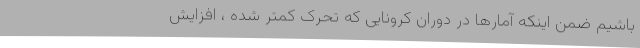
باشیم ضمن اینکه آمارها در دوران کرونایی که تحرک کمتر شده ، افزایش